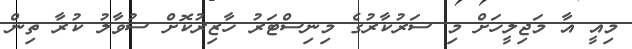
މިއީ އާ މަޖިލީހަށް މި ސަރުކާރުގެ މިނިސްޓަރު ހާޒިރުކޮށް ސުވާލު ކުރާ ތިން